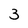
Character: 3